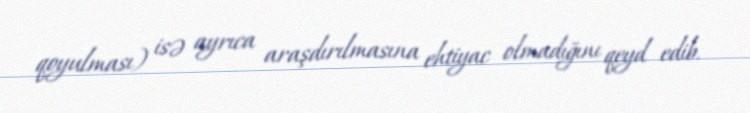
qoyulması) isə ayrıca araşdırılmasına ehtiyac olmadığını qeyd edib.